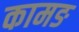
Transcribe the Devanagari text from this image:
कामङ